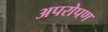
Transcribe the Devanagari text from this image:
अपरोपण